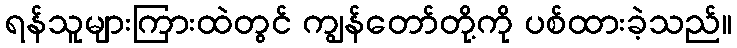
ရန်သူများကြားထဲတွင် ကျွန်တော်တို့ကို ပစ်ထားခဲ့သည်။